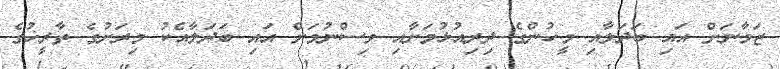
ޒަމާނަށް އައި ބަދަލާއި މީހުންގެ ދިރިއުޅުމަށާއި ވިސްނުމަށް އައި ބަދަލާއެކު މިރަށުގެ ތާރީޚުގެ